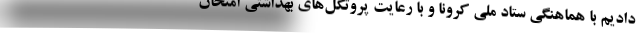
دادیم با هماهنگی ستاد ملی کرونا و با رعایت پروتکل‌های بهداشتی امتحان